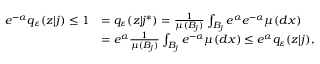
\begin{array} { r l } { e ^ { - \alpha } q _ { \varepsilon } ( z | j ) \le 1 } & { = q _ { \varepsilon } ( z | j ^ { * } ) = \frac { 1 } { \mu ( B _ { j } ) } \int _ { B _ { j } } e ^ { \alpha } e ^ { - \alpha } \mu ( d x ) } \\ & { = e ^ { \alpha } \frac { 1 } { \mu ( B _ { j } ) } \int _ { B _ { j } } e ^ { - \alpha } \mu ( d x ) \le e ^ { \alpha } q _ { \varepsilon } ( z | j ) , } \end{array}